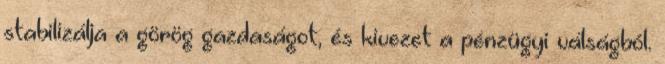
stabilizálja a görög gazdaságot, és kivezet a pénzügyi válságból.